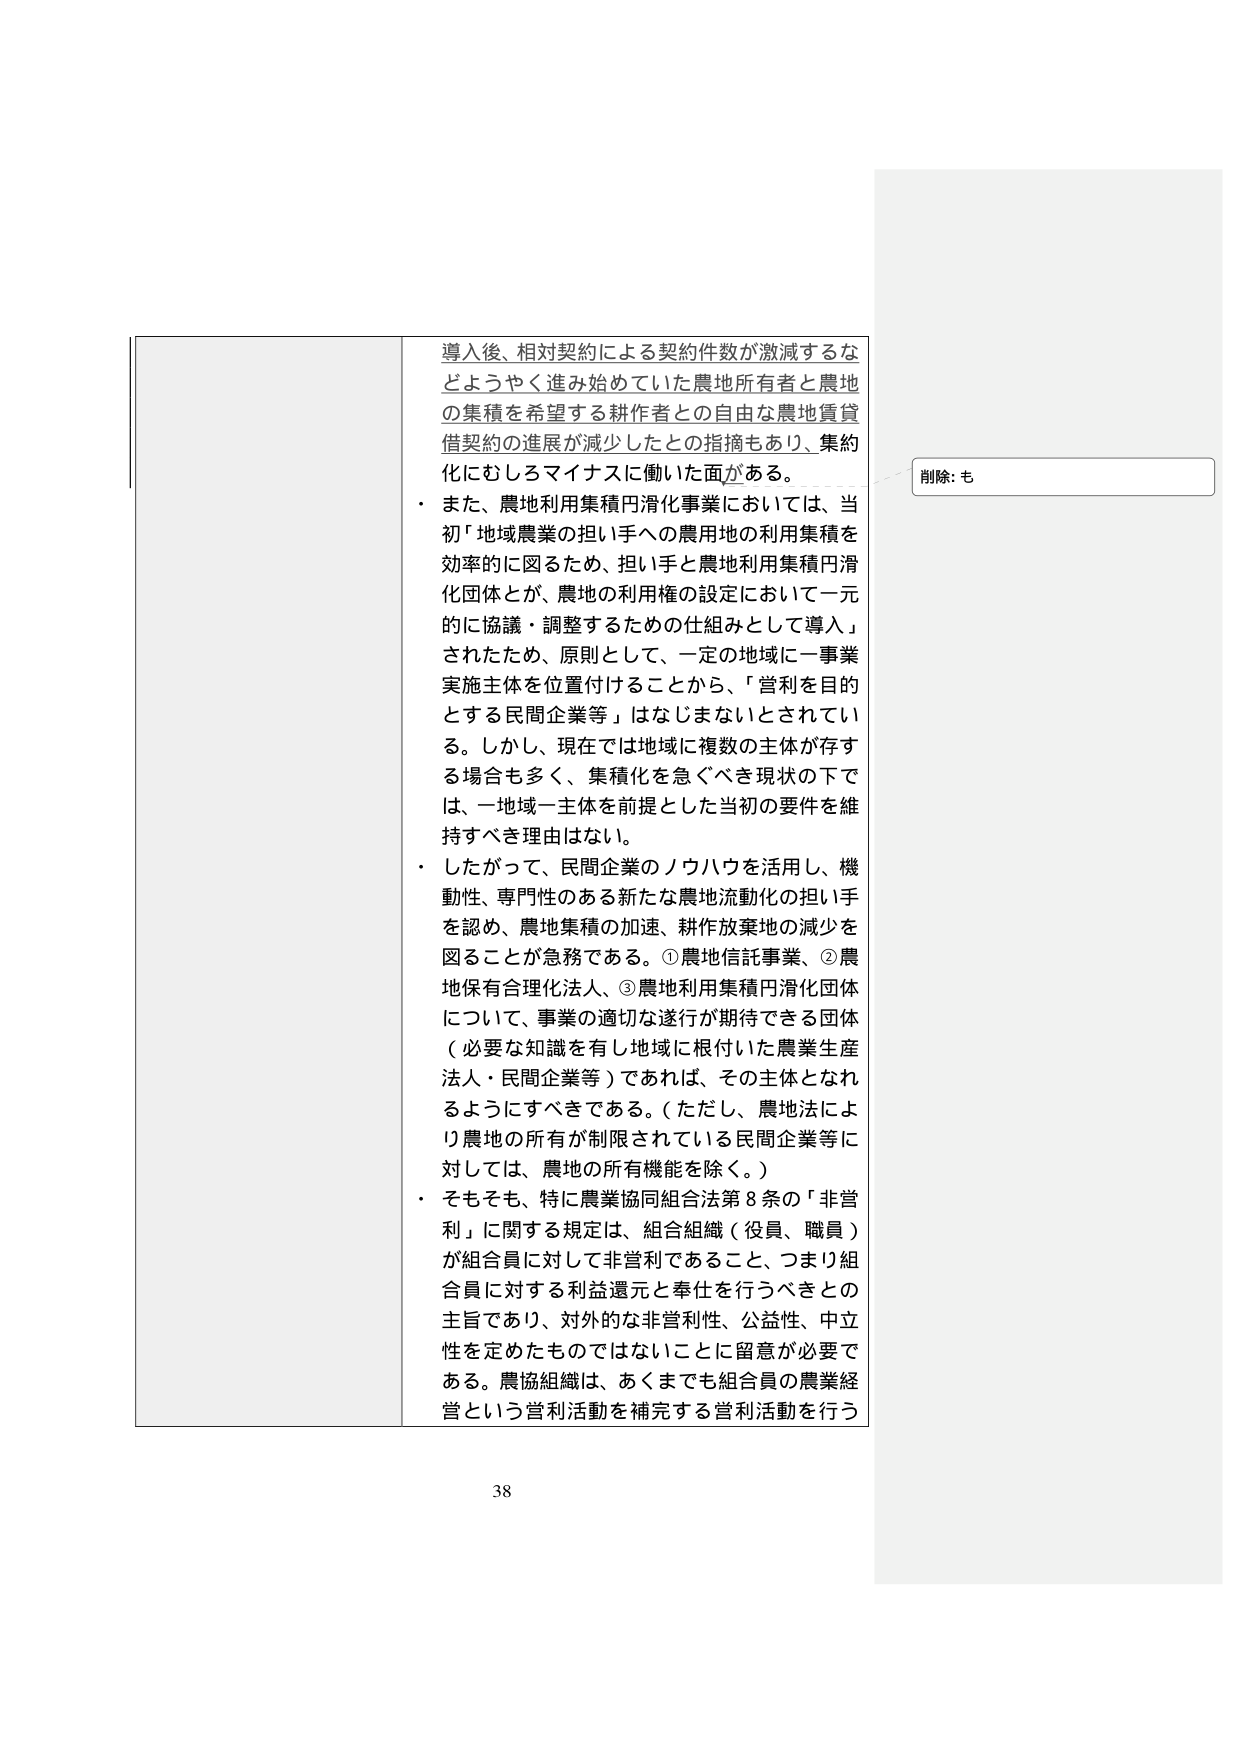
導入後、相対契約による契約件数が激減するなどようやく進み始めていた農地所有者と農地の集積を希望する耕作者との自由な農地賃貸借契約の進展が減少したとの指摘もあり、集約化にむしろマイナスに働いた面がある。

・ また、農地利用集積円滑化事業においては、当初「地域農業の担い手への農用地の利用集積を効率的に図るため、担い手と農地利用集積円滑化団体とが、農地の利用権の設定において一元的に協議・調整するための仕組みとして導入」されたため、原則として、一定の地域に一事業実施主体を位置付けることから、「営利を目的とする民間企業等」はなじまないとされてい る。しかし、現在では地域に複数の主体が存する場合も多く、集積化を急ぐべき現状の下では、一地域一主体を前提とした当初の要件を維持すべき理由はない。

・ したがって、民間企業のノウハウを活用し、機動性、専門性のある新たな農地流動化の担い手を認め、農地集積の加速、耕作放棄地の減少を図ることが急務である。①農地信託事業、②農地保有合理化法人、③農地利用集積円滑化団体について、事業の適切な遂行が期待できる団体（必要な知識を有し地域に根付いた農業生産法人・民間企業等）であれば、その主体となれるようにすべきである。（ただし、農地法により農地の所有が制限されている民間企業等に対しては、農地の所有機能を除く。）

・ そもそも、特に農業協同組合法第8条の「非営利」に関する規定は、組合組織（役員、職員）が組合員に対して非営利であること、つまり組合員に対する利益還元と奉仕を行うべきとの主旨であり、対外的な非営利性、公益性、中立性を定めたものではないことに留意が必要である。農協組織は、あくまでも組合員の農業経営という営利活動を補完する営利活動を行う

削除: も

38